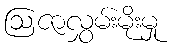
ဩဇာလွှမ်းမိုးမှု